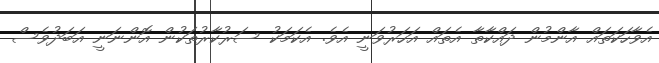
އެވާހަކަތައް އާންމުން ދައްކާތާ އެތައް އަހަރުވަނީ އެވެ. އެކަމަކު ސަރުކާރުތަކުން އޮންނަނީ އަބަދުވެސް